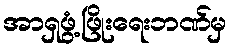
အာရှဖွံ့ဖြိုးရေးဘဏ်မှ